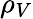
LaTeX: \rho_{V}